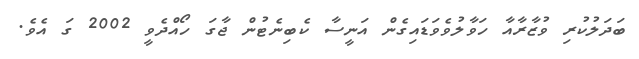
ބަދަލުކުރި ވުޒާރާއާ ހަވާލުވެވަޑައިގެން އަނީސާ ކެބިނެޓުން ޖާގަ ހޯއްދެވީ 2002 ގަ އެވެ.